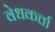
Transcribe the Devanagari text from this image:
वेधकर्त्ता